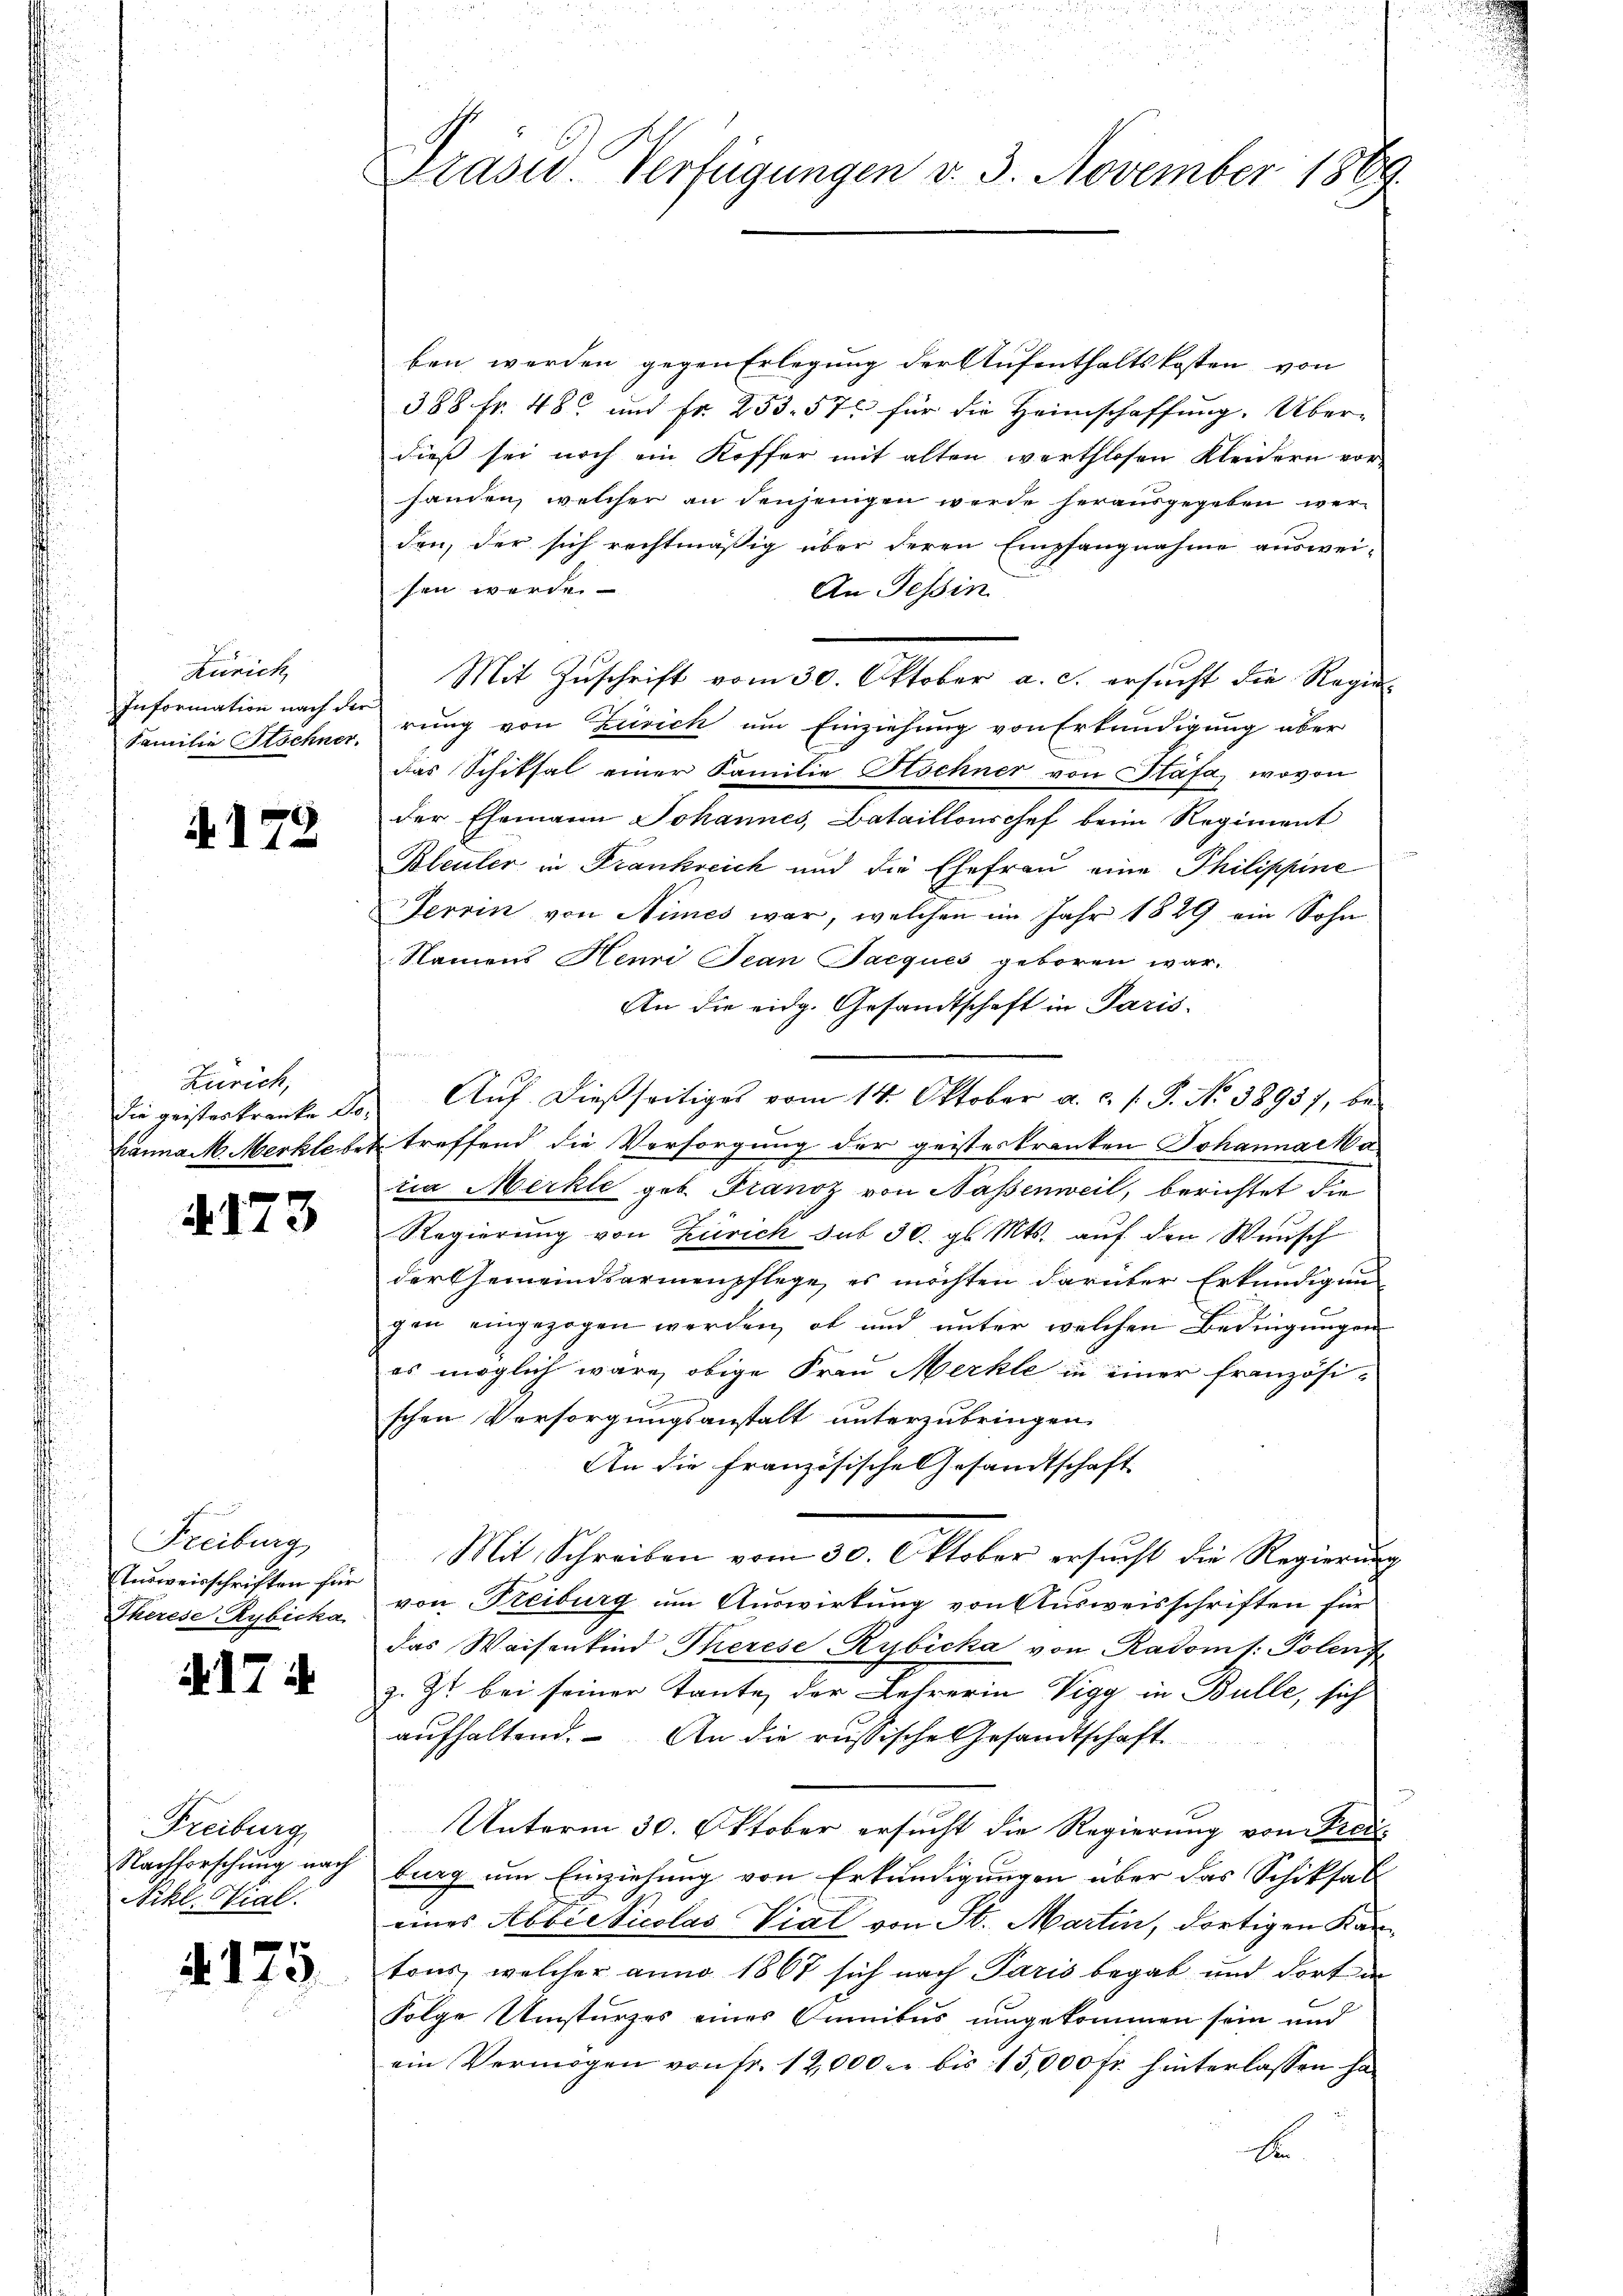
Zürich
Information nach der
Familie Aschner

172

Zürich,
die geisteskranke Dohanna M. Merklebe

u
A.213

Freiburg
Ausweisschriften für
Therese Rybicka

A1 i

Freiburg
Nachforschung nach
Nikl. Vial.

§. 125.

Präsid. Verfügungen v. 3. November 1889

ben werden gegen Erlegung der Aufenthaltskosten von
388 Fr. 48 und Fr. 253. 57 für die Heimschaffung. Über-
dieß sei noch ein Koffer mit alten werthlosen Kleidern vor-
handen, welcher an denjenigen werde herausgegeben werden, der sich rechtmäßig über deren Empfangnahme auswei-
sen werden
An Tessin
Mit Zuschrift vom 30. Oktober a. c. ersucht die Regie-
rung von Zürich um Einziehung von Erkundigung aber
das Schiksal einer Familie Aschner von Stäfa, wovon
der Ehemann Johannes, Bataillonschef beim Regiment
Bleuler in Frankreich und die Ehefrau eine Philippine
Terrin von Nimes war, welchen im Jahr 1829 ein Sohn
Namens Henri Jean Jacques geboren war.
An die eidg. Gesandtschaft in Paris.
Aŭf dießseitiges vom 14. Oktober a. c. l. J. No 38957, be-
treffend die Versorgung der geisteskranken Johannacka
ria Merkle geb. Franz von Nassenweil, berichtet die
Regierung von Zürich sub 30. gl. Mts. auf den Wunsch
der Gemeindsarmenpflege, es möchten darüber Erkundigung
gen eingezogen werden, ob und unter welchen Bedingungen
es möglich wäre, obige Frau Merkle in einer französi-
schen Versorgungsanstalt unterzubringen.
An die französische Gesandtschaft
Mit Schreiben vom 30. Oktober ersucht die Regierung
von Freiburg um Auswirkung von Ausweisschriften für
das Waisenkind Therese Rybicka von Radoms: Polenz
z. Zt. bei seiner Tante der Lehrerin Vigg in Bulle, sich
aufhaltend. An die russische Gesandtschaft
u
Unterm 30. Oktober ersucht die Regierung von Frei-
burg um Einziehung von Erkundigungen über das Schiksall
eines Abbesticolas Vial von St. Martin, dortigen Kantons, welcher anno 1867 sich nach Paris begab und dort in
Folge Umsturzes eines Cumibus umgekommen sein und
ein Vermögen von fr. 12,000. bis 15,000 fr. hinterlassen ha
b

.